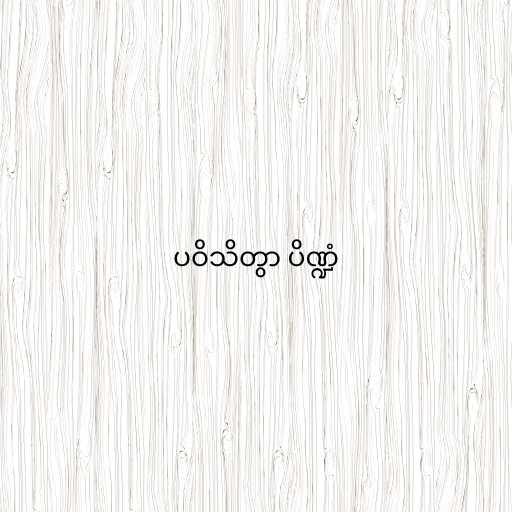
ပဝိသိတွာ ပိဏ္ဍံ